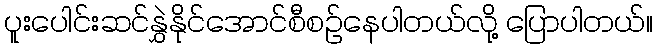
ပူးပေါင်းဆင်နွှဲနိုင်အောင်စီစဉ်နေပါတယ်လို့ ပြောပါတယ်။